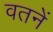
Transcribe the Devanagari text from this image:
वतनें